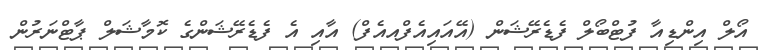
އޯލް އިންޑިއާ ފުޓްބޯލް ފެޑެރޭޝަން (އޭއައިއެފްއއެފް) އާއި އެ ފެޑެރޭޝަންގެ ކޮމާޝަލް ޕާޓްނަރުން